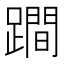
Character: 𨅍